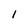
Character: 1